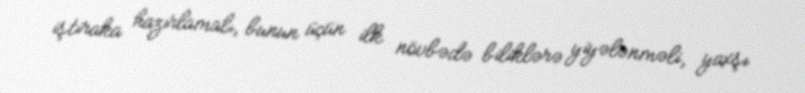
iştiraka hazırlamalı, bunun üçün ilk növbədə biliklərə yiyələnməli, yaxşı